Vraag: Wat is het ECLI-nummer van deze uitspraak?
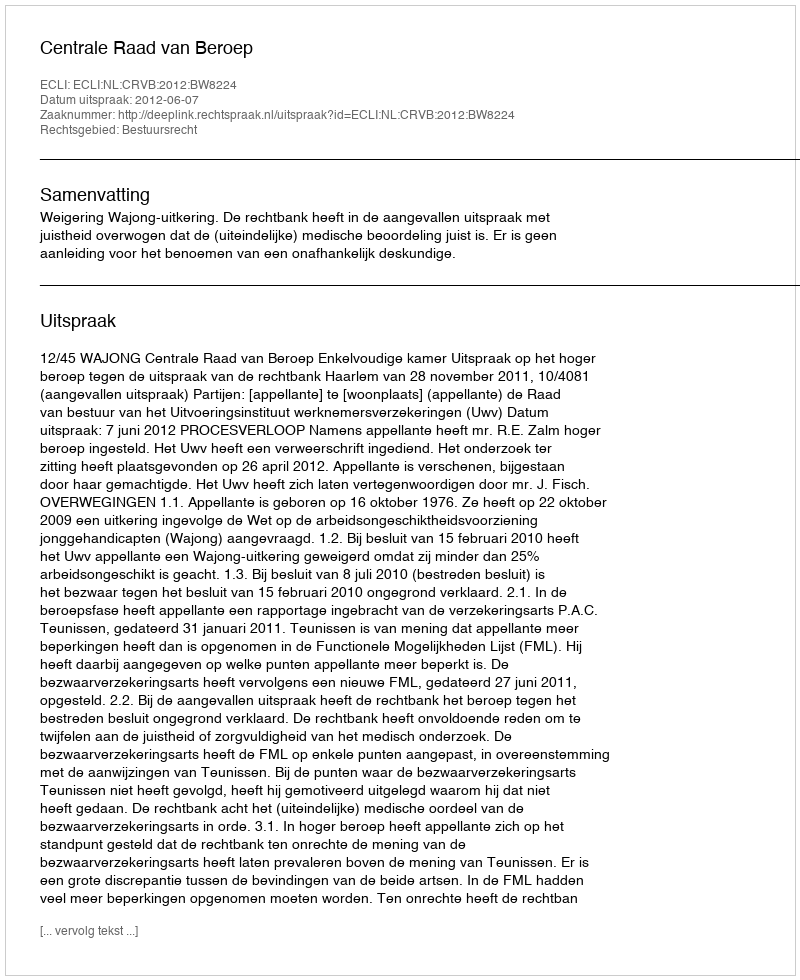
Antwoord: ECLI:NL:CRVB:2012:BW8224